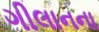
ગીલાનના